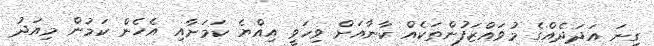
ގިނަ އަދަދެއްގެ މުވައްޒަފުންތަކެއް ކާނާއަށް ވިހަވީ އިއްޔެ ކަމަށާއި އެހެން ކަމުން މިއަދު